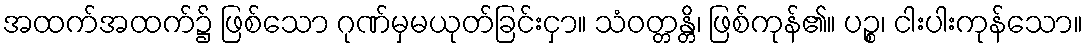
အထက်အထက်၌ ဖြစ်သော ဂုဏ်မှမယုတ်ခြင်းငှာ။ သံဝတ္တန္တိ၊ ဖြစ်ကုန်၏။ ပဉ္စ၊ ငါးပါးကုန်သော။